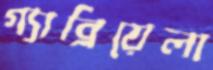
গ্যাব্রিয়েলা